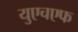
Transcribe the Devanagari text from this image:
युएचएफ